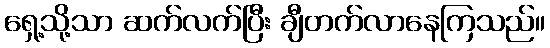
ရှေ့သို့သာ ဆက်လက်ပြီး ချီတက်လာနေကြသည်။